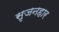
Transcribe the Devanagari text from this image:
सृजनहार